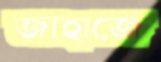
জাহাজে